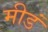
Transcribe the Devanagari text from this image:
मीडं